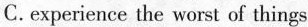
C. experience the worst of things